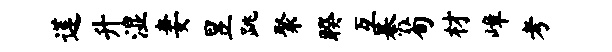
莲升湿妻昱跳聚睽互綦荀材嶂考